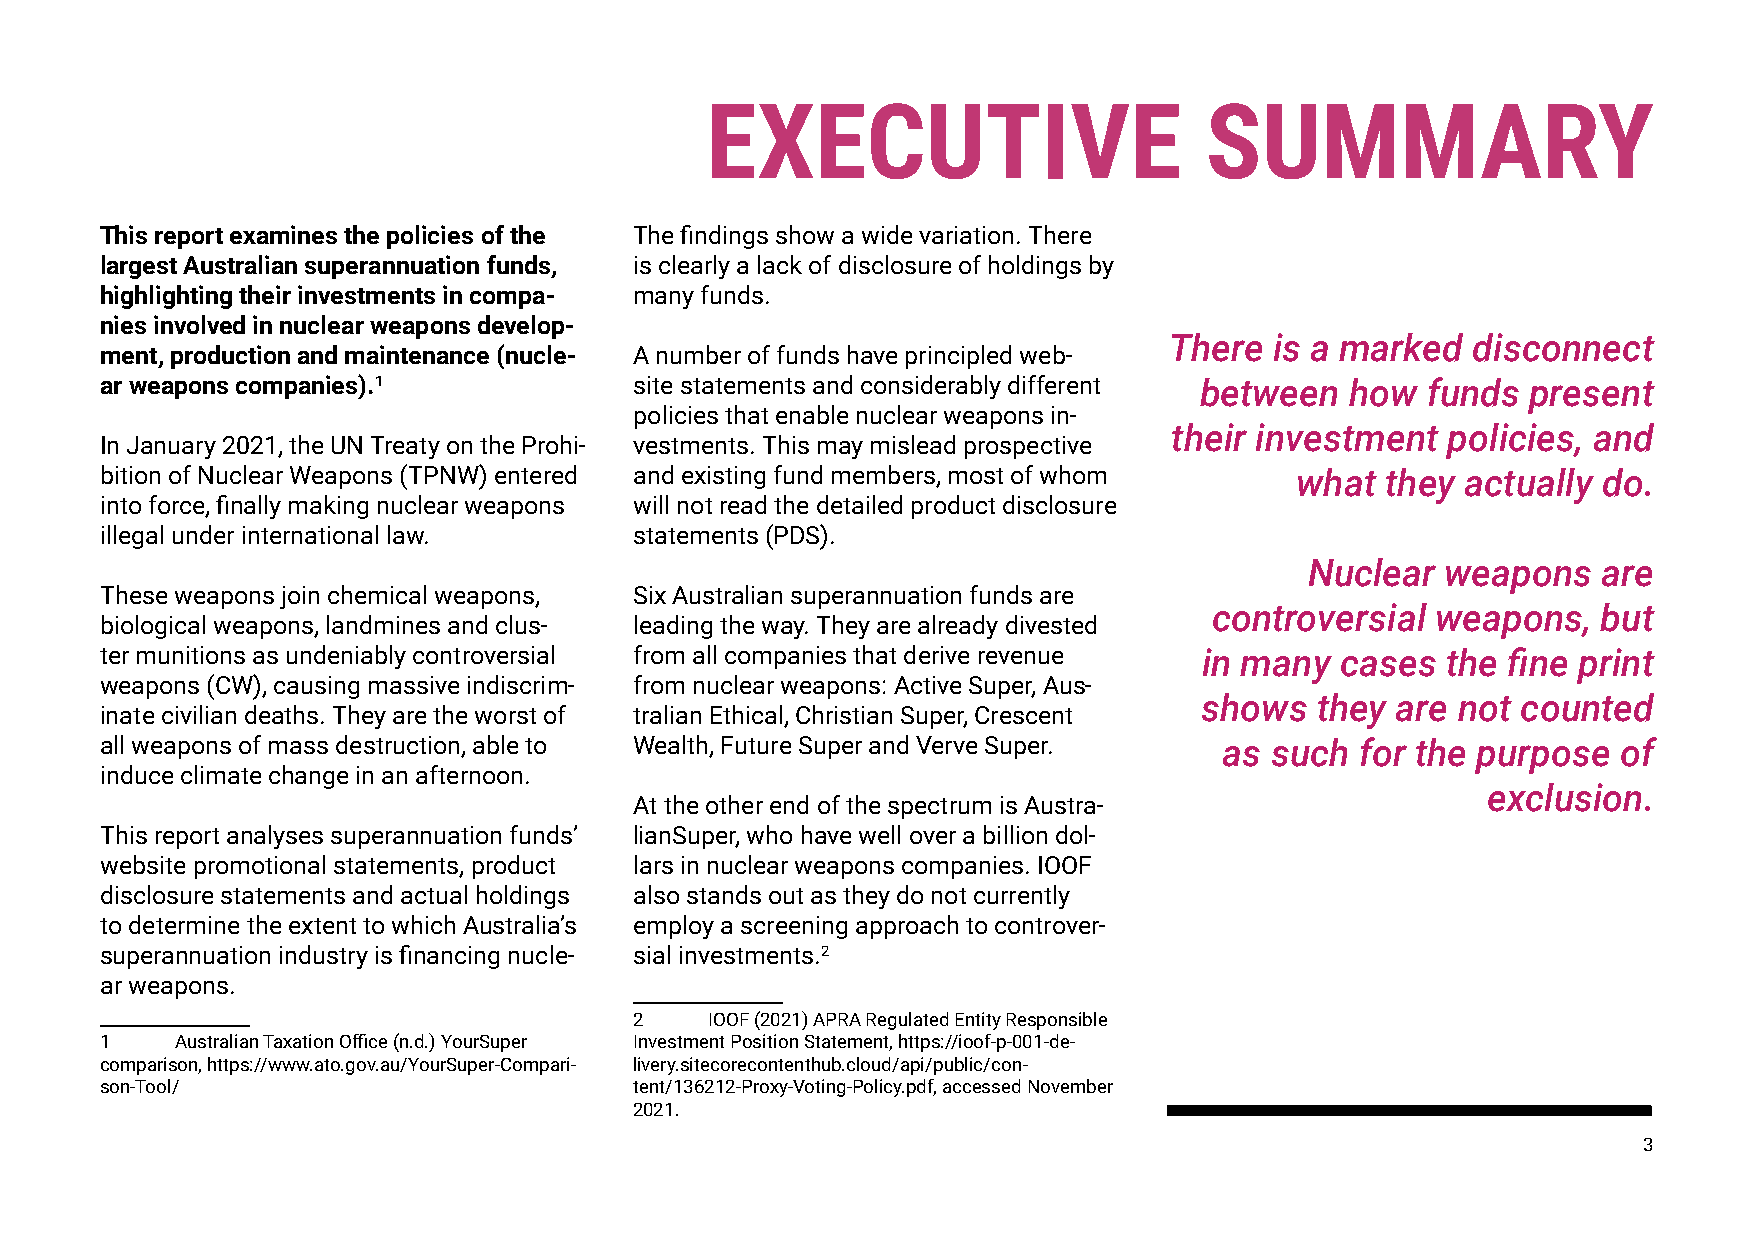
EXECUTIVE                        SUMMARY
 This report examines the policies of the The findings show a wide variation. There
 largest Australian superannuation funds, is clearly a lack of disclosure of holdings by
 highlighting their investments in compa- many funds.
 nies involved in nuclear weapons develop-
 There  is a marked  disconnect
 ment, production and maintenance (nucle- A number of funds have principled web-
 ar weapons companies).1            site statements and considerably different between how funds present
 policies that enable nuclear weapons in-
 their investment  policies, and
 In January 2021, the UN Treaty on the Prohi- vestments. This may mislead prospective
 bition of Nuclear Weapons (TPNW) entered and existing fund members, most of whom what they actually do.
 into force, finally making nuclear weapons will not read the detailed product disclosure
 illegal under international law.   statements (PDS).
 Nuclear  weapons   are
 These weapons join chemical weapons, Six Australian superannuation funds are
 controversial  weapons,   but
 biological weapons, landmines and clus- leading the way. They are already divested
 ter munitions as undeniably controversial from all companies that derive revenue in many cases the fine print
 weapons (CW), causing massive indiscrim- from nuclear weapons: Active Super, Aus-
 shows  they are not  counted
 inate civilian deaths. They are the worst of tralian Ethical, Christian Super, Crescent
 all weapons of mass destruction, able to Wealth, Future Super and Verve Super. as such for the purpose of
 induce climate change in an afternoon.
 exclusion.
 At the other end of the spectrum is Austra-
 This report analyses superannuation funds’ lianSuper, who have well over a billion dol-
 website promotional statements, product lars in nuclear weapons companies. IOOF
 disclosure statements and actual holdings also stands out as they do not currently
 to determine the extent to which Australia’s employ a screening approach to controver-
 superannuation industry is financing nucle- sial investments.2
 ar weapons.
 2    IOOF (2021) APRA Regulated Entity Responsible
 1    Australian Taxation Office (n.d.) YourSuper Investment Position Statement, https://ioof-p-001-de-
 comparison, https://www.ato.gov.au/YourSuper-Compari- livery.sitecorecontenthub.cloud/api/public/con-
 son-Tool/                          tent/136212-Proxy-Voting-Policy.pdf, accessed November
 2021.
 3